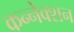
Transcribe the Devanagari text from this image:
कन्नेक्शन